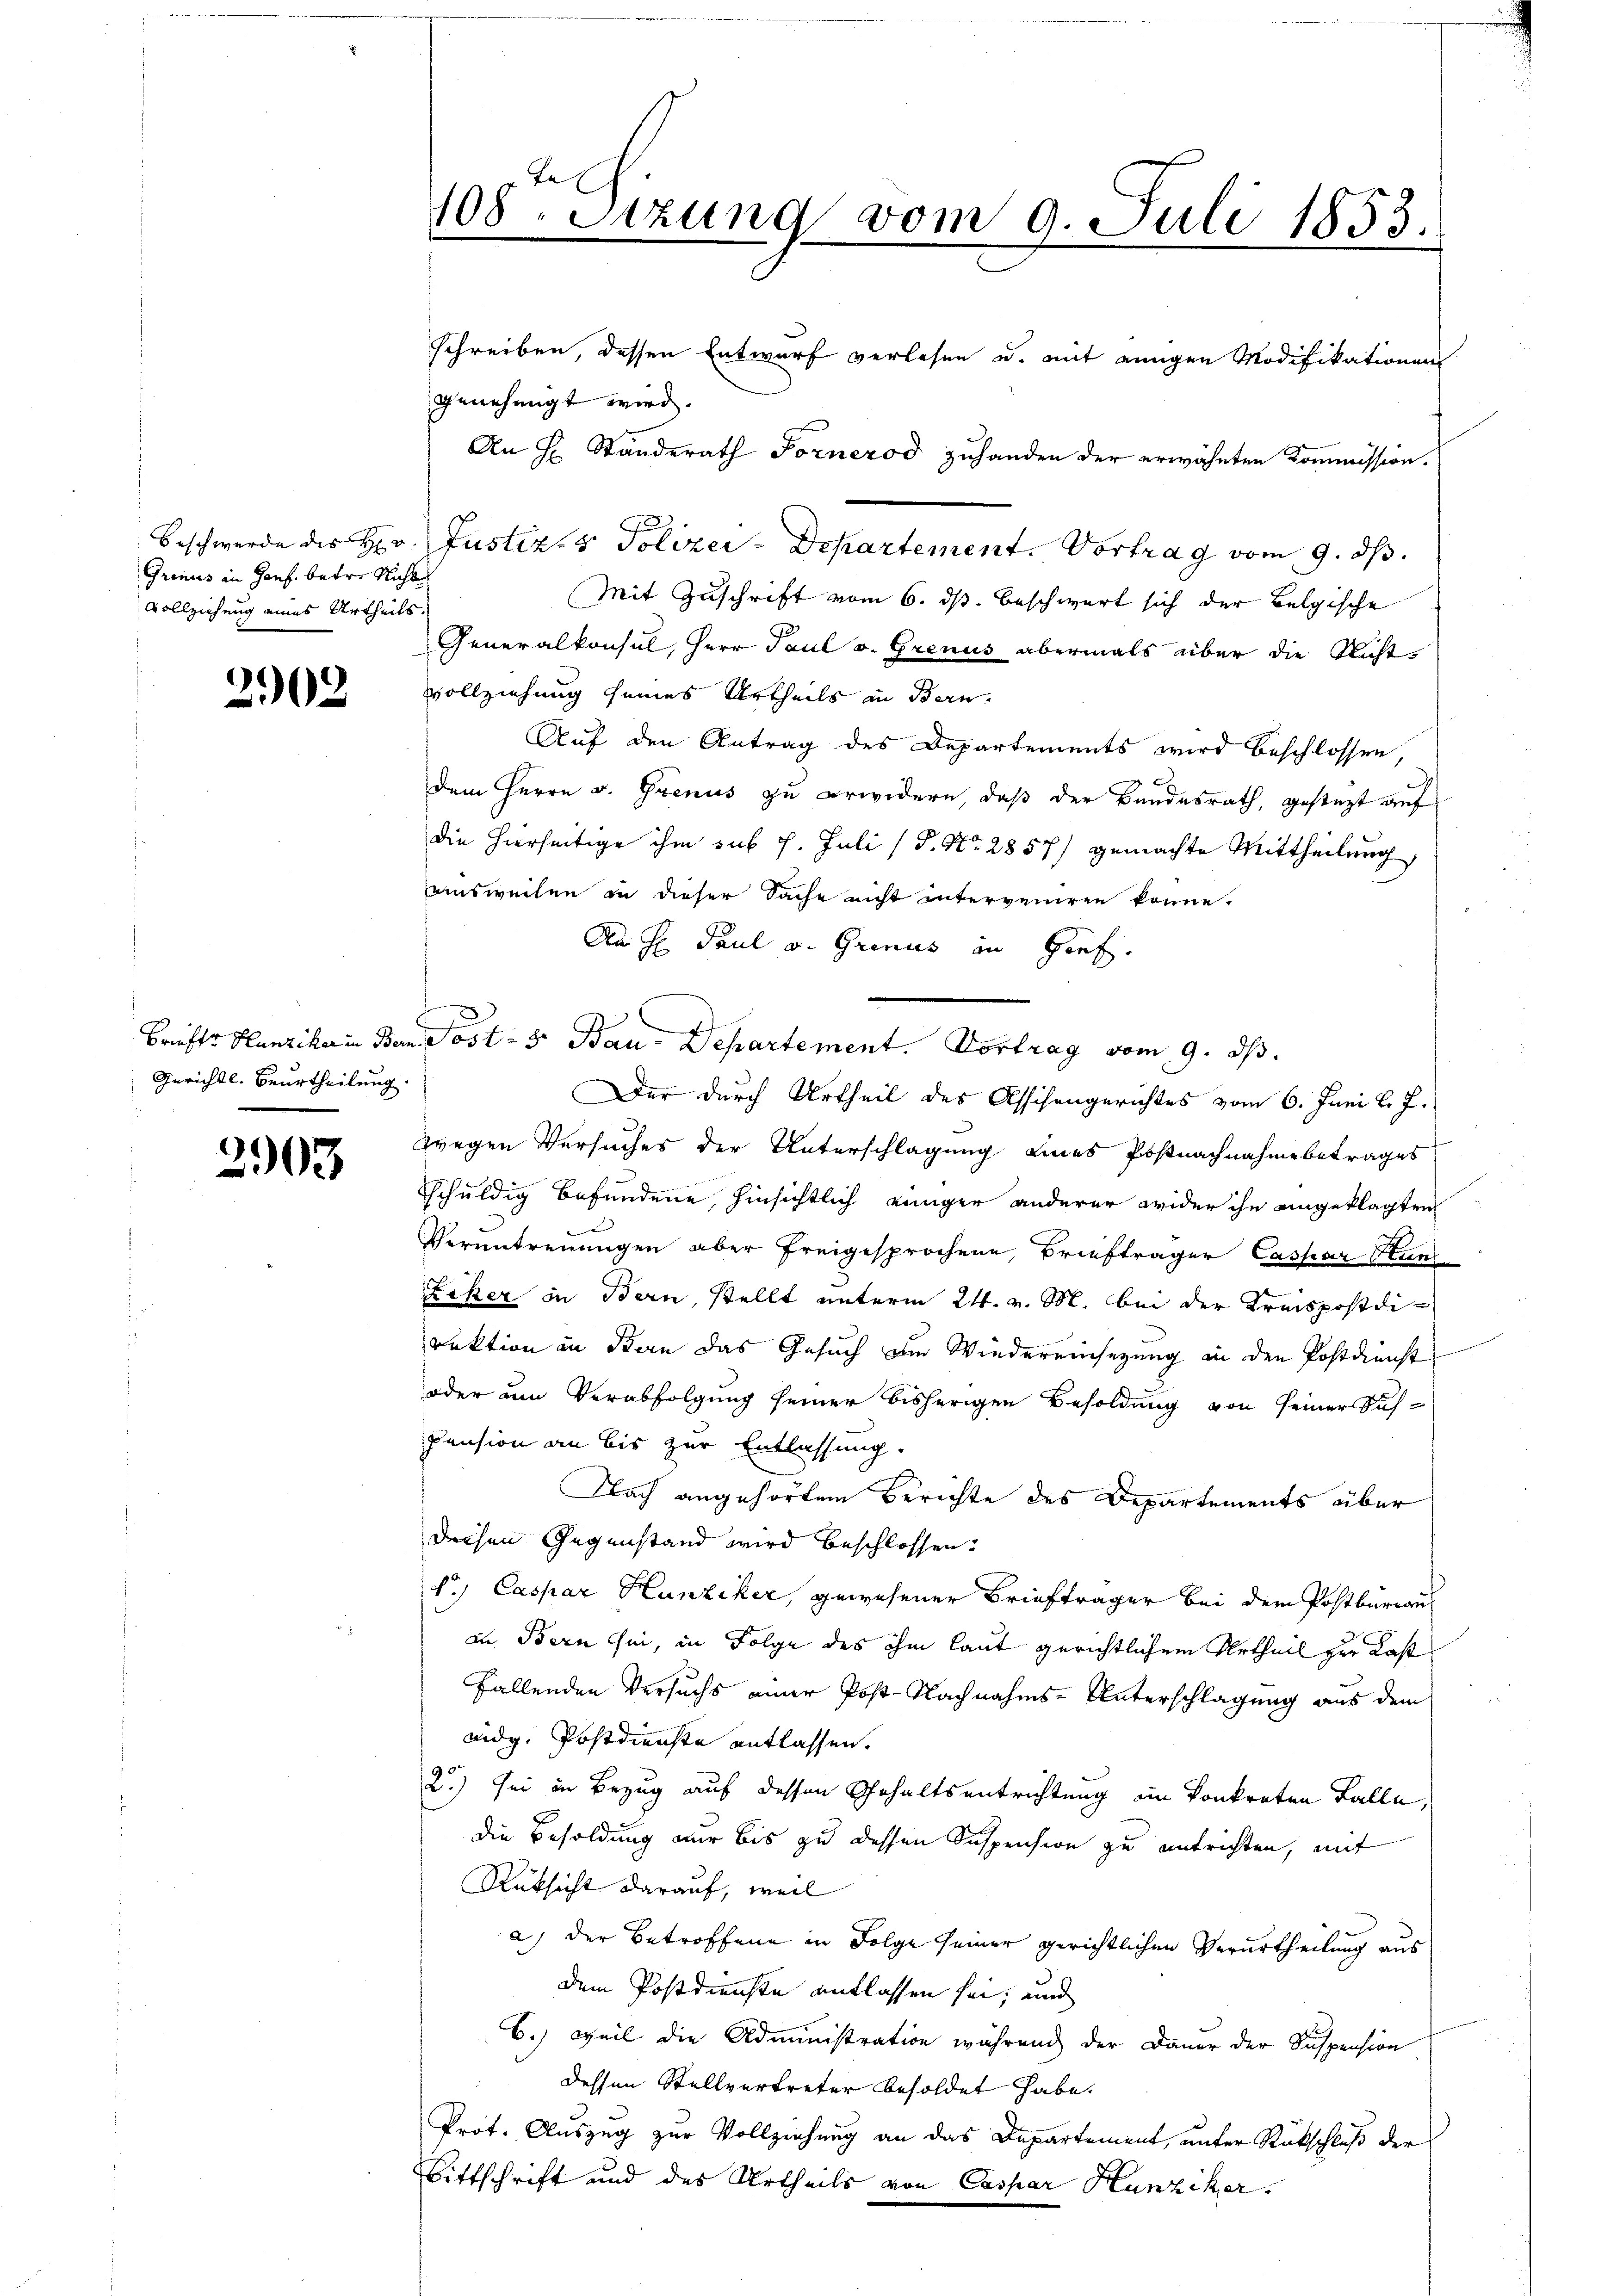
Grenus in Genf. betr. Nicht
Vollziehung eines Urtheils.

t
202

Gerichtl. Beurtheilung.

2903

108. Sizung vom 9. Juli 1853.

schreiben, dessen Entwurf verlesen u. mit einigen Modifikationen
genehmigt wird.
Beschwerde des Hr. Justiz & Polizei-Departement. Vortrag vom 9. ds.
Mit Zuschrift vom 6. ds. beschwert sich der Belgische
Generalkonsul, Herr Paul v. Grenus abermals über die Nicht¬
Vollziehung seines Urtheils in Bern.
Auf den Antrag des Departements wird beschlossen,
dem Herrn v. Grenus zu erwidern, daß der Bundesrath, gesteht auf
die hierseitige ihm sub 7. Juli (S. Nr. 2857) gemachte Mittheilung,
einsweilen in dieser Sache nicht interveniren könne.
An H. Paul v. Grenus in Genf.
Der durch Urtheil des Assichengerichtes vom 6. Juni l. J.
wegen Versuches der Unterschlagung eines Postnachnahme betrages
schuldig befundene, hinsichtlich einiger anderer wider ihn angeklagten
Verantrennungen aber freigesprochene Briefträger Caspar Stund
Liker in Bern, stellt unterm 24. v. M. bei der Kreispostdirektion in San das Gesuch die Wiedereinsetzung in den Postdienst
oder um Verabfolgung seiner bisherigen Besoldung von seiner Sich¬
Pension an bis zur Entlassung.
Nach angehörtem Berichte des Departements über
deisen Gegenstand wird beschlossen:
1.) Caspar Hunziker, gewesener Briefträger bei dem Postbüreau
in Bern sei, in Folge des ihm laut gerichtlichem Urtheil zur Last
fallenden Versuchs einer Post-Nachnahms-Unterschlagung aus dem
eidg. Postdienste entlassen.
2) sei in Bezug auf dessen Gehaltsentrichtung im konkreten Falle,
die Besoldung nur bis zu dessen Suspension zu entrichten, mit
Rüksicht darauf, weil
a) der Betroffene in Folge seiner gerichtlichen Verurtheilung aus
dem Postdienste entlassen sei, und
6.) Weil die Administration während der Dauer der Suspension
dessen Stellvertreter besoldet habe.
Prof. Auszug zur Vollziehung an das Departement, unter Rückschluß der
Bittschrift und des Urtheils von Caspar Hunziker.

Brifts Hunziker in Bern. Post- u Bau-Departement. Vortrag vom 9. ds.

An H. Standerath Fornerod zuhanden der erwähnten Kommission.